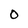
Character: 0